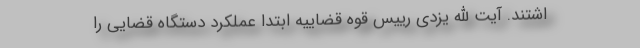
اشتند. آیت الله یزدی رییس قوه قضاییه ابتدا عملکرد دستگاه قضایی را